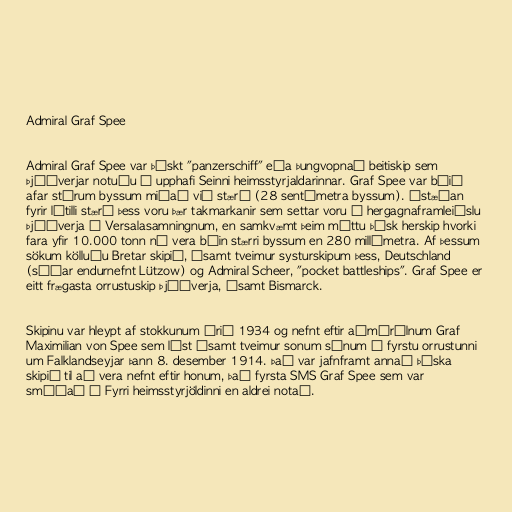
Admiral Graf Spee

Admiral Graf Spee var þýskt "panzerschiff" eða þungvopnað beitiskip sem
Þjóðverjar notuðu í upphafi Seinni heimsstyrjaldarinnar. Graf Spee var búið
afar stórum byssum miðað við stærð (28 sentímetra byssum). Ástæðan
fyrir lítilli stærð þess voru þær takmarkanir sem settar voru á hergagnaframleiðslu
Þjóðverja í Versalasamningnum, en samkvæmt þeim máttu þýsk herskip hvorki
fara yfir 10.000 tonn né vera búin stærri byssum en 280 millímetra. Af þessum
sökum kölluðu Bretar skipið, ásamt tveimur systurskipum þess, Deutschland
(síðar endurnefnt Lützow) og Admiral Scheer, "pocket battleships". Graf Spee er
eitt frægasta orrustuskip Þjóðverja, ásamt Bismarck.

Skipinu var hleypt af stokkunum árið 1934 og nefnt eftir aðmírálnum Graf
Maximilian von Spee sem lést ásamt tveimur sonum sínum í fyrstu orrustunni
um Falklandseyjar þann 8. desember 1914. Það var jafnframt annað þýska
skipið til að vera nefnt eftir honum, það fyrsta SMS Graf Spee sem var
smíðað í Fyrri heimsstyrjöldinni en aldrei notað.